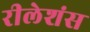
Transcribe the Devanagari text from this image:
रीलेशंस